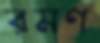
রমণ